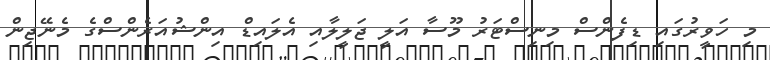
މި ހަވީރުގައި ޑިފެންސް މިނިސްޓަރު މޫސާ އަލީ ޖަލީލާއި އެލައިޑް އިންޝުއަރެންސްގެ މެނޭޖިން